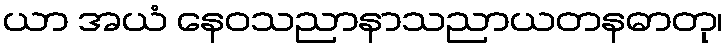
ယာ အယံ နေဝသညာနာသညာယတနဓာတု၊